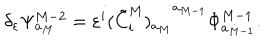
LaTeX: \delta _ { \varepsilon } \Psi _ { a _ { M } } ^ { M - 2 } = \varepsilon ^ { i } { ( \tilde { C } _ { i } ^ { M } ) _ { a _ { M } } } ^ { a _ { M - 1 } } { \Phi } _ { a _ { M - 1 } } ^ { M - 1 } .